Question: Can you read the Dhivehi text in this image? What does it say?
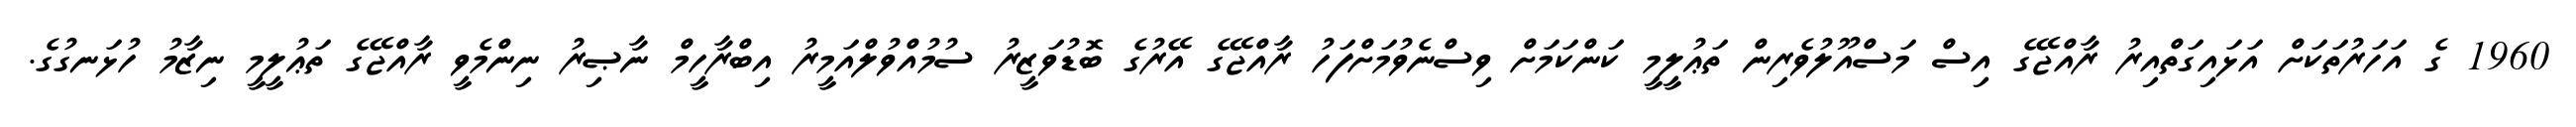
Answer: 1960 ގެ އަހަރުތަކަށް އަޅައިގަތްއިރު ރާއްޖޭގެ އިސް މަސްއޫލުވެރިން ތަޢުލީމީ ކަންކަމަށް ވިސްނެވުމަށްފަހު ރާއްޖޭގެ އޭރުގެ ބޮޑުވަޒީރު ސުމުއްވުލްއަމީރު އިބްރާހީމް ނާޞިރު ނިންމެވީ ރާއްޖޭގެ ތަޢުލީމީ ނިޒާމު ހުޅަނގުގެ.